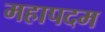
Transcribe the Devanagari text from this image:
महापदम